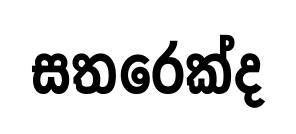
සතරෙක්ද